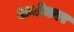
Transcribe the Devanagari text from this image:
अधीकार